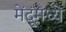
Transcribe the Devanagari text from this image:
मेंदूंमध्ये